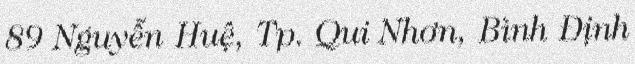
89 Nguyễn Huệ, Tp. Qui Nhơn, Bình Định